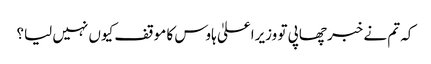
کہ تم نے خبر چھاپی تو وزیراعلیٰ ہاوس کا موقف کیوں نہیں لیا؟